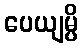
ပေယျမ္ပိ